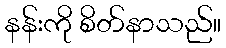
နန်းကို စိတ်နာသည်။